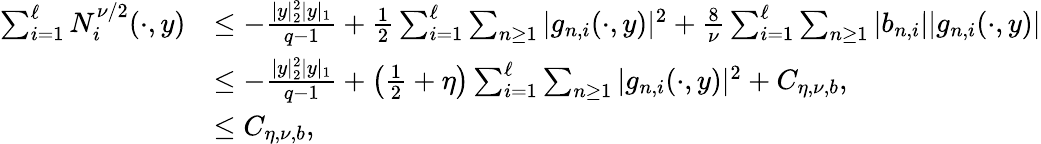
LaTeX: \begin{array}{rl}{\sum_{i=1}^{\ell}N_{i}^{\nu/2}(\cdot,y)}&{\leq-\frac{|y|_{2}^{2}|y|_{1}}{q-1}+\frac 12\sum_{i=1}^{\ell}\sum_{n\geq 1}|g_{n,i}(\cdot,y)|^{2}+\frac{8}{\nu}\sum_{i=1}^{\ell}\sum_{n\geq 1}|b_{n,i}||g_{n,i}(\cdot,y)|}\\ &{\leq-\frac{|y|_{2}^{2}|y|_{1}}{q-1}+\big(\frac 12+\eta\big)\sum_{i=1}^{\ell}\sum_{n\geq 1}|g_{n,i}(\cdot,y)|^{2}+C_{\eta,\nu,b},}\\ &{\leq C_{\eta,\nu,b},}\end{array}